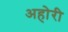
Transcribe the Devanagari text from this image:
अहोरी